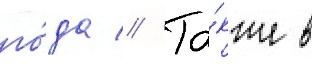
го́да // Та́кже в